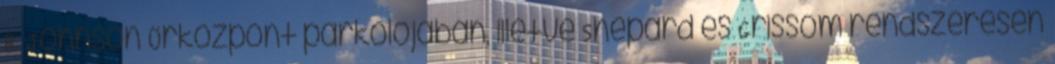
B. Johnson Űrközpont parkolójában, illetve Shepard és Grissom rendszeresen